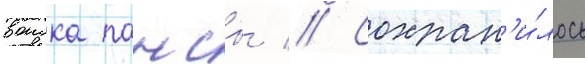
воиска пансы // Сохран'и́лось